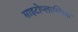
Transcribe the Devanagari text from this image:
साइटोप्लास्मिक